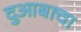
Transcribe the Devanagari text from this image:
दुआबाचा